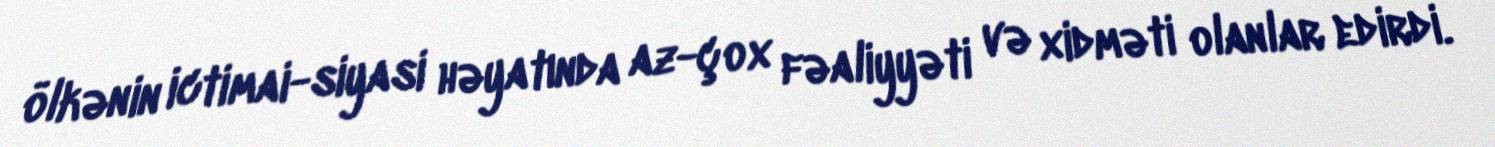
ölkənin ictimai-siyasi həyatında az-çox fəaliyyəti və xidməti olanlar edirdi.